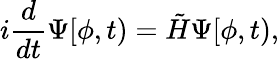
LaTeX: i\frac{d}{dt}\Psi[\phi,t)=\tilde{H}\Psi[\phi,t),